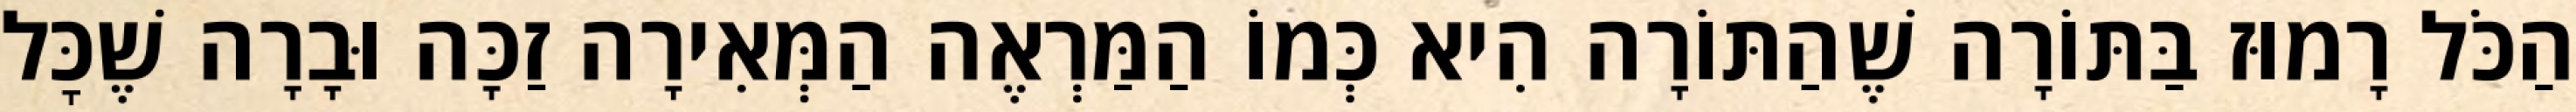
הַכֹּל רָמוּז בַּתּוֹרָה שֶׁהַתּוֹרָה הִיא כְּמוֹ הַמַּרְאֶה הַמְּאִירָה זַכָּה וּבָרָה שֶׁכׇּל